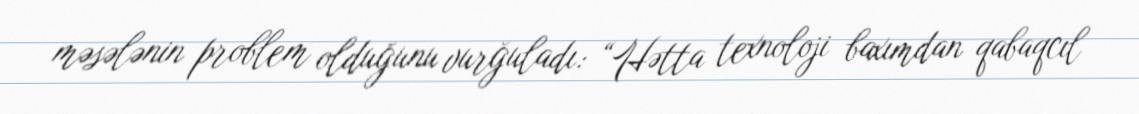
məsələnin problem olduğunu vurğuladı: “Hətta texnoloji baxımdan qabaqcıl